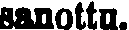
sanottu.